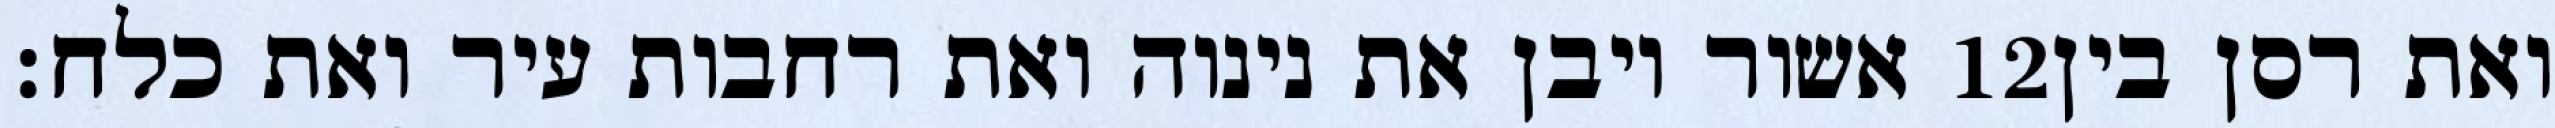
אשור ויבן את נינוה ואת רחבות עיר ואת כלח׃ ‎12‏ ואת רסן בין